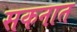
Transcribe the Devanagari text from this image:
सकनात